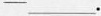
-___.